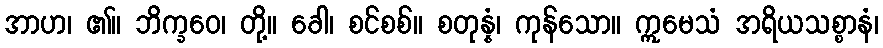
အာဟ၊ ၏။ ဘိက္ခဝေ၊ တို့။ ခေါ၊ စင်စစ်။ စတုန္နံ၊ ကုန်သော။ ဣမေသံ အရိယသစ္စာနံ၊